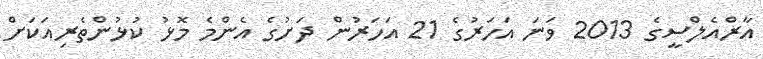
އާރްއެލްސީގެ 2013 ވަނަ އަހަރުގެ 21 އަހަރުން ދަށުގެ އެންމެ މޮޅު ކުޅުންތެރިއަކަށް